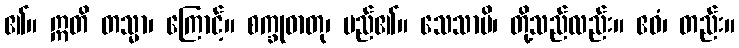
၏။ ဣတိ တသ္မာ၊ ကြောင့်။ စက္ခုဓာတု၊ မည်၏။ သေသာပိ၊ တို့သည်လည်း။ ဧဝံ၊ တည်း။